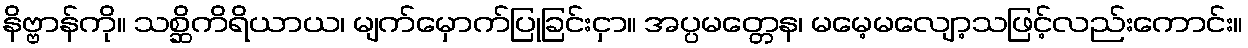
နိဗ္ဗာန်ကို။ သစ္ဆိကိရိယာယ၊ မျက်မှောက်ပြုခြင်းငှာ။ အပ္ပမတ္တေန၊ မမေ့မလျော့သဖြင့်လည်းကောင်း။